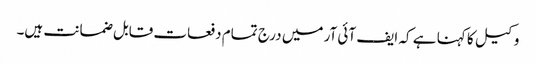
وکیل کا کہنا ہے کہ ایف آئی آر میں درج تمام دفعات قابل ضمانت ہیں۔